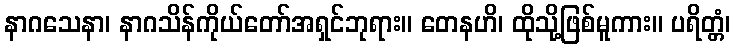
နာဂသေနာ၊ နာဂသိန်ကိုယ်တော်အရှင်ဘုရား။ တေနဟိ၊ ထိုသို့ဖြစ်မူကား။ ပရိတ္တံ၊